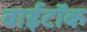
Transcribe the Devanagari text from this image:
वाईटॉक